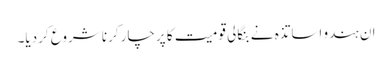
ان ہندو اساتذہ نے بنگالی قومیت کا پرچار کرنا شروع کردیا۔